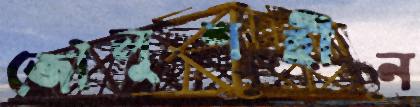
জৌলুশহীন